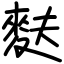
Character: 麩